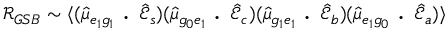
\mathcal { R } _ { G S B } \sim \langle ( \hat { \mu } _ { e _ { 1 } g _ { 1 } } \textbf { . } \hat { \mathcal { E } } _ { s } ) ( \hat { \mu } _ { g _ { 0 } e _ { 1 } } \textbf { . } \hat { \mathcal { E } } _ { c } ) ( \hat { \mu } _ { g _ { 1 } e _ { 1 } } \textbf { . } \hat { \mathcal { E } } _ { b } ) ( \hat { \mu } _ { e _ { 1 } g _ { 0 } } \textbf { . } \hat { \mathcal { E } } _ { a } ) \rangle